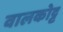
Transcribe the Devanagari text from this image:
वालकोट्ट